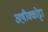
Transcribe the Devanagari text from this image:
अष़ीक्कोट्टा